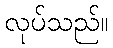
လုပ်သည်။